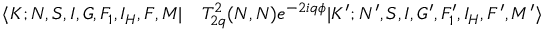
\begin{array} { r l } { \langle K ; N , S , I , G , F _ { 1 } , I _ { H } , F , M | } & { { } T _ { 2 q } ^ { 2 } ( N , N ) e ^ { - 2 i q \phi } | K ^ { \prime } ; N ^ { \prime } , S , I , G ^ { \prime } , F _ { 1 } ^ { \prime } , I _ { H } , F ^ { \prime } , M ^ { \prime } \rangle } \end{array}